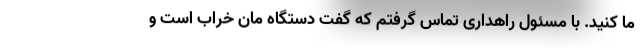
ما کنید. با مسئول راهداری تماس گرفتم که گفت دستگاه مان خراب است و